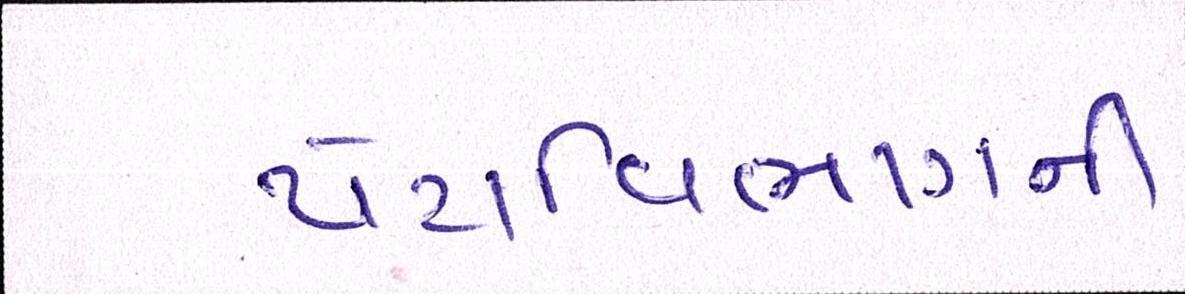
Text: પેટાવિભાગની